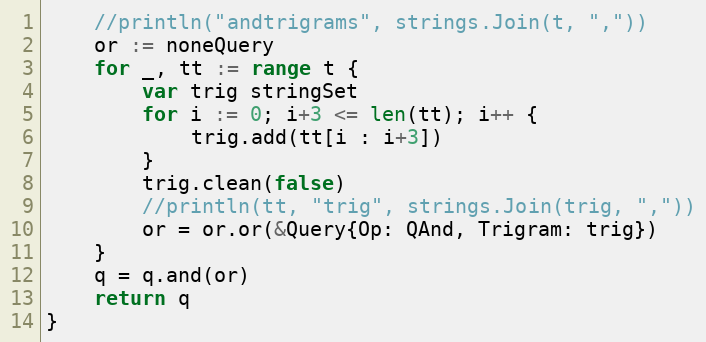
Language: Go
	//println("andtrigrams", strings.Join(t, ","))
	or := noneQuery
	for _, tt := range t {
		var trig stringSet
		for i := 0; i+3 <= len(tt); i++ {
			trig.add(tt[i : i+3])
		}
		trig.clean(false)
		//println(tt, "trig", strings.Join(trig, ","))
		or = or.or(&Query{Op: QAnd, Trigram: trig})
	}
	q = q.and(or)
	return q
}